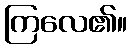
ကြလေ၏။